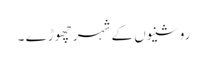
روشنیوں کے شہر چھوڑے ۔